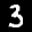
Label: 3